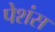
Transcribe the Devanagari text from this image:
पेशंस